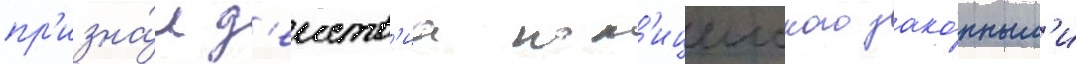
пр'изна́л д'еиств'иа пол'ицеиского зако́нным'и